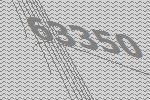
63350